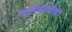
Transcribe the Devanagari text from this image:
गलबतांचा